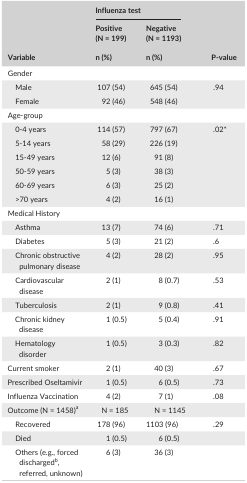
| <ROWSPAN=3> Variable | <COLSPAN=2> Influenza test | <ROWSPAN=3> P‐value |
 | Positive (N = 199) | Negative (N = 1193) |
 | n (%) | n (%) |
 | --- | --- | --- | --- |
 | <COLSPAN=4> Gender |
 | Male | 107 (54) | 645 (54) | .94 |
 | Female | 92 (46) | 548 (46) |  |
 | <COLSPAN=4> Age‐group |
 | 0‐4 years | 114 (57) | 797 (67) | .02a |
 | 5‐14 years | 58 (29) | 226 (19) |  |
 | 15‐49 years | 12 (6) | 91 (8) |  |
 | 50‐59 years | 5 (3) | 38 (3) |  |
 | 60‐69 years | 6 (3) | 25 (2) |  |
 | >70 years | 4 (2) | 16 (1) |  |
 | <COLSPAN=4> Medical History |
 | Asthma | 13 (7) | 74 (6) | .71 |
 | Diabetes | 5 (3) | 21 (2) | .6 |
 | Chronic obstructive pulmonary disease | 4 (2) | 28 (2) | .95 |
 | Cardiovascular disease | 2 (1) | 8 (0.7) | .53 |
 | Tuberculosis | 2 (1) | 9 (0.8) | .41 |
 | Chronic kidney disease | 1 (0.5) | 5 (0.4) | .91 |
 | Hematology disorder | 1 (0.5) | 3 (0.3) | .82 |
 | Current smoker | 2 (1) | 40 (3) | .67 |
 | Prescribed Oseltamivir | 1 (0.5) | 6 (0.5) | .73 |
 | Influenza Vaccination | 4 (2) | 7 (1) | .08 |
 | Outcome (N = 1458)b | N = 185 | N = 1145 |  |
 | Recovered | 178 (96) | 1103 (96) | .29 |
 | Died | 1 (0.5) | 6 (0.5) |  |
 | Others (e.g., forced dischargedc, referred, unknown) | 6 (3) | 36 (3) |  |